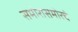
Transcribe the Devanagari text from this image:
समोरासमोरचे